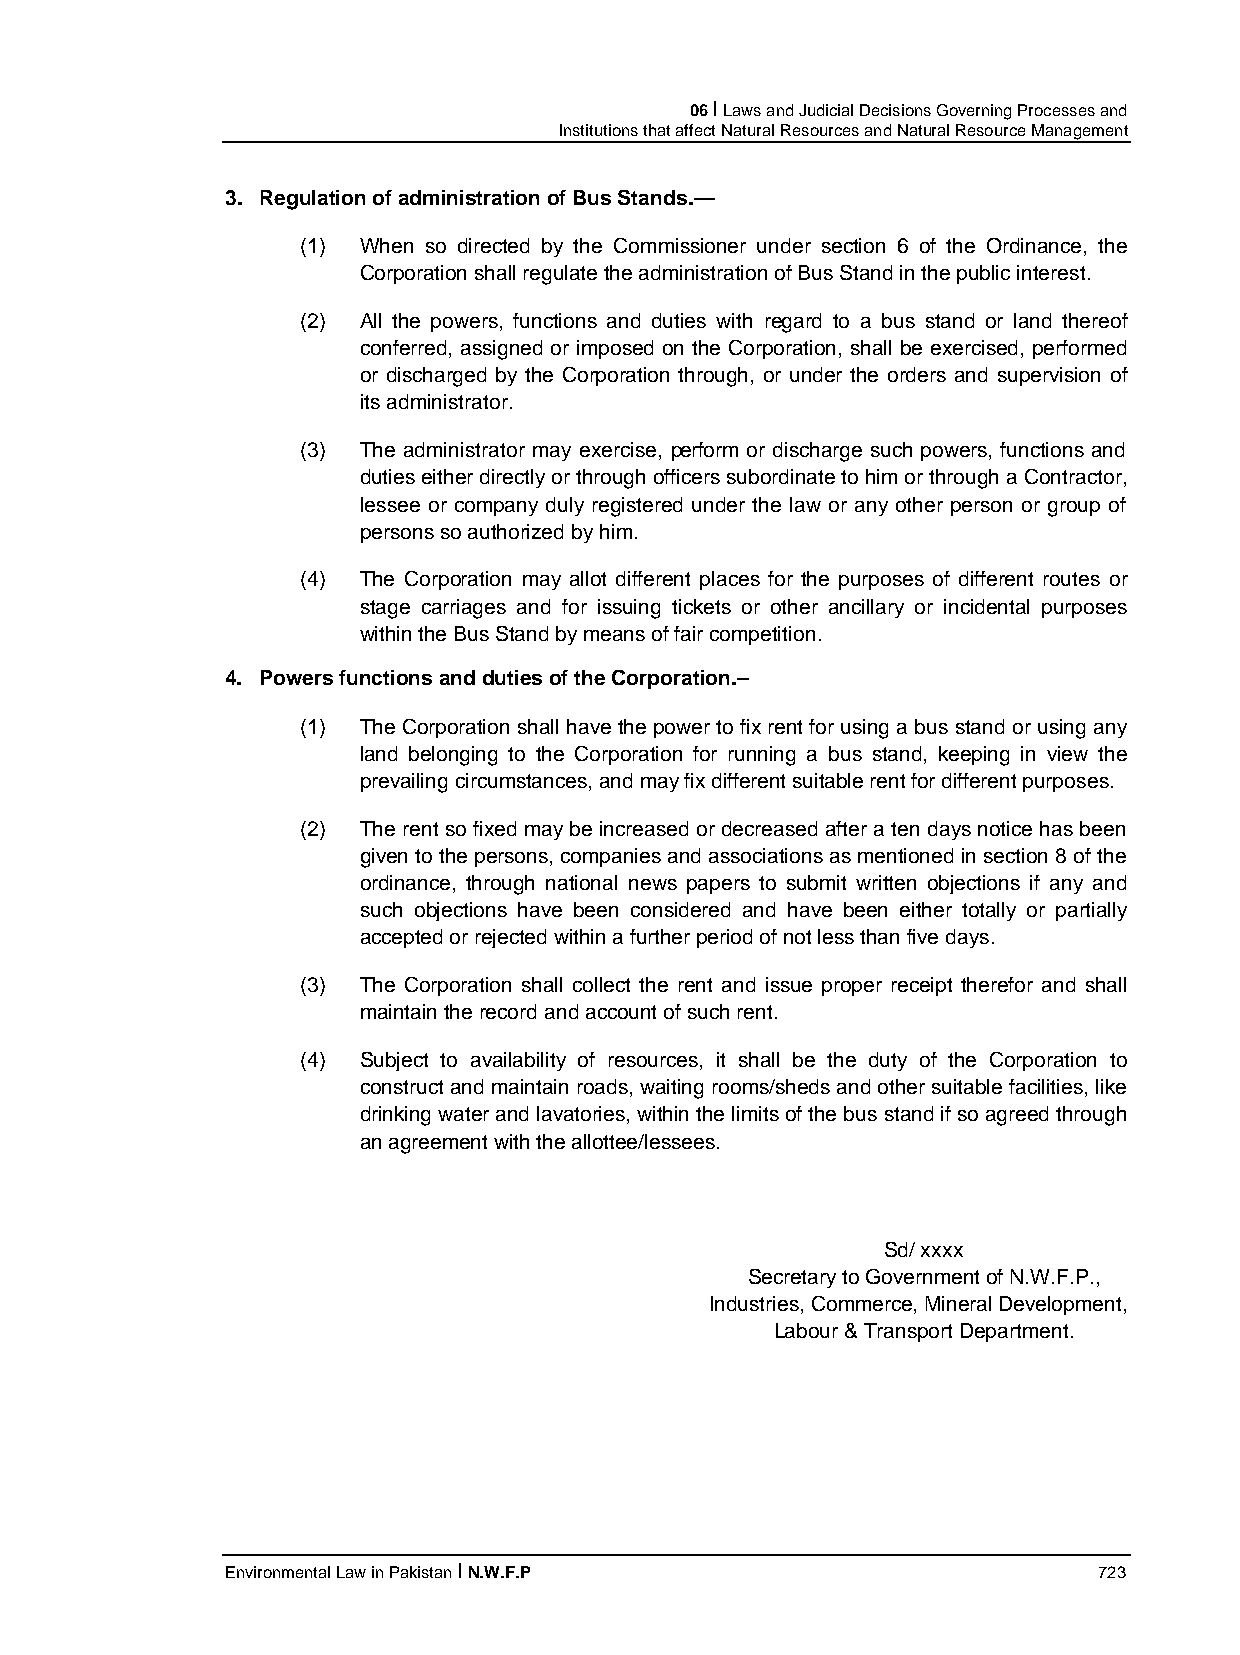
06 I Laws and Judicial Decisions Governing Processes and
 Institutions that affect Natural Resources and Natural Resource Management
 3. Regulation of administration of Bus Stands.—
 (1) When so directed by the Commissioner under section 6 of the Ordinance, the
 Corporation shall regulate the administration of Bus Stand in the public interest.
 (2) All the powers, functions and duties with regard to a bus stand or land thereof
 conferred, assigned or imposed on the Corporation, shall be exercised, performed
 or discharged by the Corporation through, or under the orders and supervision of
 its administrator.
 (3) The administrator may exercise, perform or discharge such powers, functions and
 duties either directly or through officers subordinate to him or through a Contractor,
 lessee or company duly registered under the law or any other person or group of
 persons so authorized by him.
 (4) The Corporation may allot different places for the purposes of different routes or
 stage carriages and for issuing tickets or other ancillary or incidental purposes
 within the Bus Stand by means of fair competition.
 4. Powers functions and duties of the Corporation.–
 (1) The Corporation shall have the power to fix rent for using a bus stand or using any
 land belonging to the Corporation for running a bus stand, keeping in view the
 prevailing circumstances, and may fix different suitable rent for different purposes.
 (2) The rent so fixed may be increased or decreased after a ten days notice has been
 given to the persons, companies and associations as mentioned in section 8 of the
 ordinance, through national news papers to submit written objections if any and
 such objections have been considered and have been either totally or partially
 accepted or rejected within a further period of not less than five days.
 (3) The Corporation shall collect the rent and issue proper receipt therefor and shall
 maintain the record and account of such rent.
 (4) Subject to availability of resources, it shall be the duty of the Corporation to
 construct and maintain roads, waiting rooms/sheds and other suitable facilities, like
 drinking water and lavatories, within the limits of the bus stand if so agreed through
 an agreement with the allottee/lessees.
 Sd/ xxxx
 Secretary to Government of N.W.F.P.,
 Industries, Commerce, Mineral Development,
 Labour & Transport Department.
 Environmental Law in Pakistan I N.W.F.P                   723